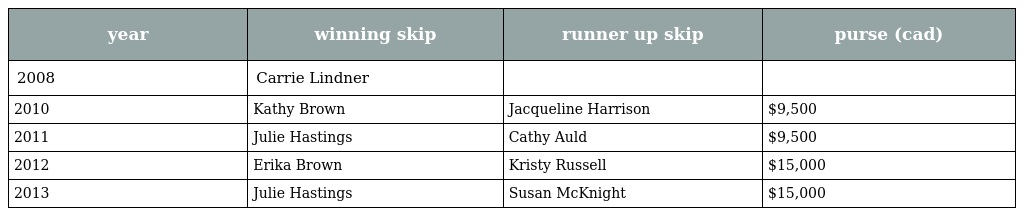
| year | winning skip | runner up skip | purse (cad) |
 | --- | --- | --- | --- |
 | 2008 | Carrie Lindner |  |  |
 | 2010 | Kathy Brown | Jacqueline Harrison | $9,500 |
 | 2011 | Julie Hastings | Cathy Auld | $9,500 |
 | 2012 | Erika Brown | Kristy Russell | $15,000 |
 | 2013 | Julie Hastings | Susan McKnight | $15,000 |